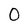
Character: 0